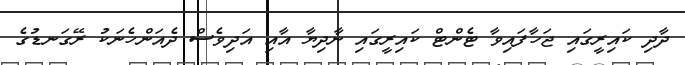
ދާދި ކައިރީގައި ޖަހާފައިވާ ޓެންޓް ކައިރީގައި ނާދިޔާ އާއި އަދިވެސް ދެއަންހެނަކު ރޭގަނޑުގެ